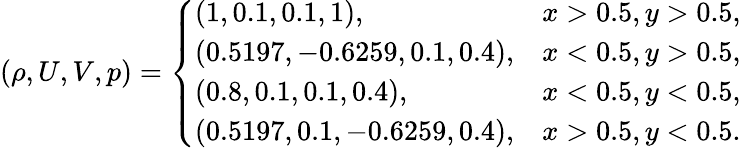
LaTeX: \begin{array}{r}{(\rho,U,V,p)=\left\{ \begin{array}{ll}{(1,0.1,0.1,1),}&{x>0.5,y>0.5,}\\ {(0.5197,-0.6259,0.1,0.4),}&{x<0.5,y>0.5,}\\ {(0.8,0.1,0.1,0.4),}&{x<0.5,y<0.5,}\\ {(0.5197,0.1,-0.6259,0.4),}&{x>0.5,y<0.5.}\end{array}\right.}\end{array}